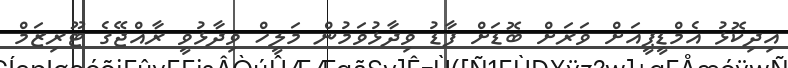
އިދިކޮޅު އެމްޑީޕީއަށް ވަރަށް ބޮޑަށް ފާޑު ވިދާޅުވަމުން މަލީހް ވިދާޅުވީ ރާއްޖޭގެ ޓޫރިޒަމް